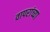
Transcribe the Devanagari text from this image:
वापरांच्या